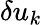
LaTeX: \delta u_{k}